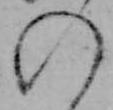
の